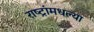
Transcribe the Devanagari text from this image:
राष्ट्रांमधल्या